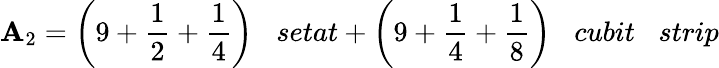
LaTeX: \mathbf{A}_{2}={\bigg(}9+{\frac{{1}}{{2}}}+{\frac{{1}}{{4}}}{\bigg)}\; \; \; setat+{\bigg(}9+{\frac{{1}}{{4}}}+{\frac{{1}}{{8}}}{\bigg)}\; \; \; cubit\; \; \; strip